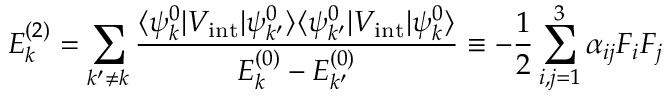
E _ { k } ^ { ( 2 ) } = \sum _ { k ^ { \prime } \neq k } { \frac { \langle \psi _ { k } ^ { 0 } | V _ { \mathrm { i n t } } | \psi _ { k ^ { \prime } } ^ { 0 } \rangle \langle \psi _ { k ^ { \prime } } ^ { 0 } | V _ { \mathrm { i n t } } | \psi _ { k } ^ { 0 } \rangle } { E _ { k } ^ { ( 0 ) } - E _ { k ^ { \prime } } ^ { ( 0 ) } } } \equiv - { \frac { 1 } { 2 } } \sum _ { i , j = 1 } ^ { 3 } \alpha _ { i j } F _ { i } F _ { j }